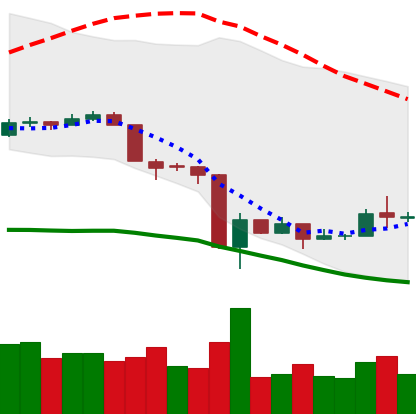
Ticker: LTC-USD
Chart end date: 2020-03-21
Forward return: 4.742%
Label: up_3_5